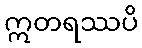
ဣတရဿပိ